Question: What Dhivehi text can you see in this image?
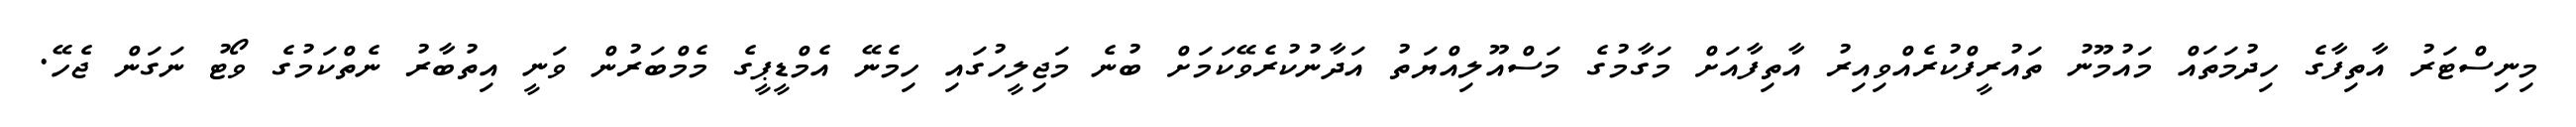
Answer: މިނިސްޓަރު އާތިފާގެ ހިދުމަތައް މައުމޫނު ތައުރީފްކުރެއްވިއިރު އާތިފާއަށް މަގާމުގެ މަސްއޫލިއްޔަތު އަދާނުކުރެވޭކަމަށް ބުނެ މަޖިލީހުގައި ހިމެނޭ އެމްޑީޕީގެ މެމްބަރުން ވަނީ އިތުބާރު ނެތްކަމުގެ ވޯޓު ނަގަން ޖެހޭ.